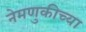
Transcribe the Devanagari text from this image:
नेमणुकीच्या